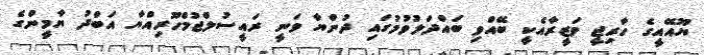
ޔޫއޭއީގެ ހާރިޖީ ވަޒީރާއެކީ ބޭއްވި ބައްދަލުވުމުގައި ދުންޔާ ވަނީ ރައީސުލްޖުމްހޫރިއްޔާ އަބްދު ޔާމީންގެ